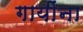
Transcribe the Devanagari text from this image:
गायींना